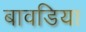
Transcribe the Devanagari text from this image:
बावडिया